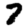
Digit: 7